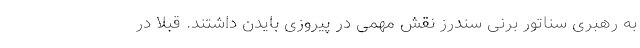
به رهبری سناتور برنی سندرز نقش مهمی در پیروزی بایدن داشتند. قبلا در